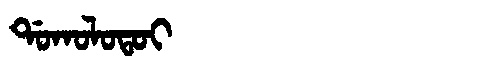
Manchu: ᡩᠣᡴᠣᠯᠣᡨᠣᡳ
Romanization: DOKOLOTOI